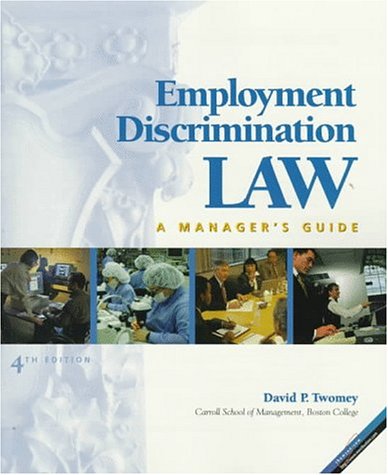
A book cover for Employment Discrimination Law: A Manager's Guide; David P. Twomey; Law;